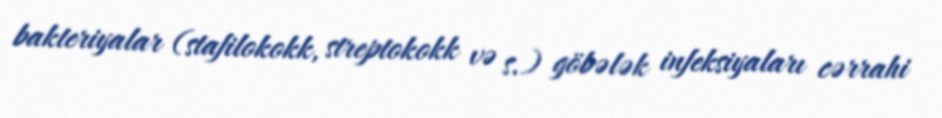
bakteriyalar (stafilokokk, streptokokk və s.) göbələk infeksiyaları cərrahi